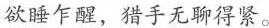
欲睡乍醒，猎手无聊得紧。